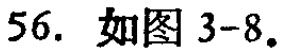
56. 如图 3-8.